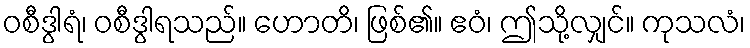
ဝစီဒွါရံ၊ ဝစီဒွါရသည်။ ဟောတိ၊ ဖြစ်၏။ ဧဝံ၊ ဤသို့လျှင်။ ကုသလံ၊